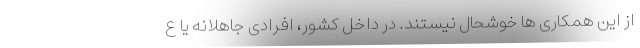
از این همکاری ها خوشحال نیستند. در داخل کشور، افرادی جاهلانه یا ع